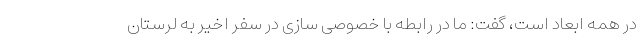
در همه ابعاد است، گفت: ما در رابطه با خصوصی سازی در سفر اخیر به لرستان